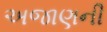
અજાણની